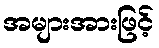
အများအားဖြင့်